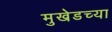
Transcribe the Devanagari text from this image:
मुखेडच्या